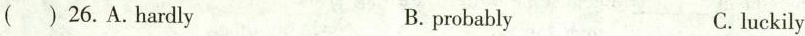
( ) 26.A.Hardly B. probably C.luckily